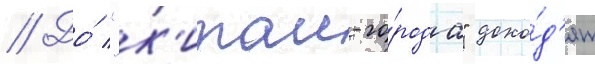
// До́ "к'итаи-го́рода" дохо́д'ят